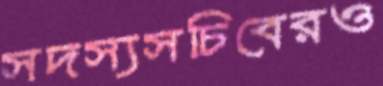
সদস্যসচিবেরও